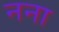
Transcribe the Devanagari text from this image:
नना